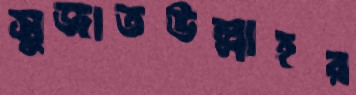
সুজাতউল্লাহর